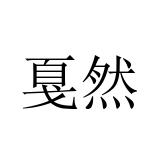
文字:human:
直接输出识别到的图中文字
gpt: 戛然